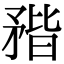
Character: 𥍾